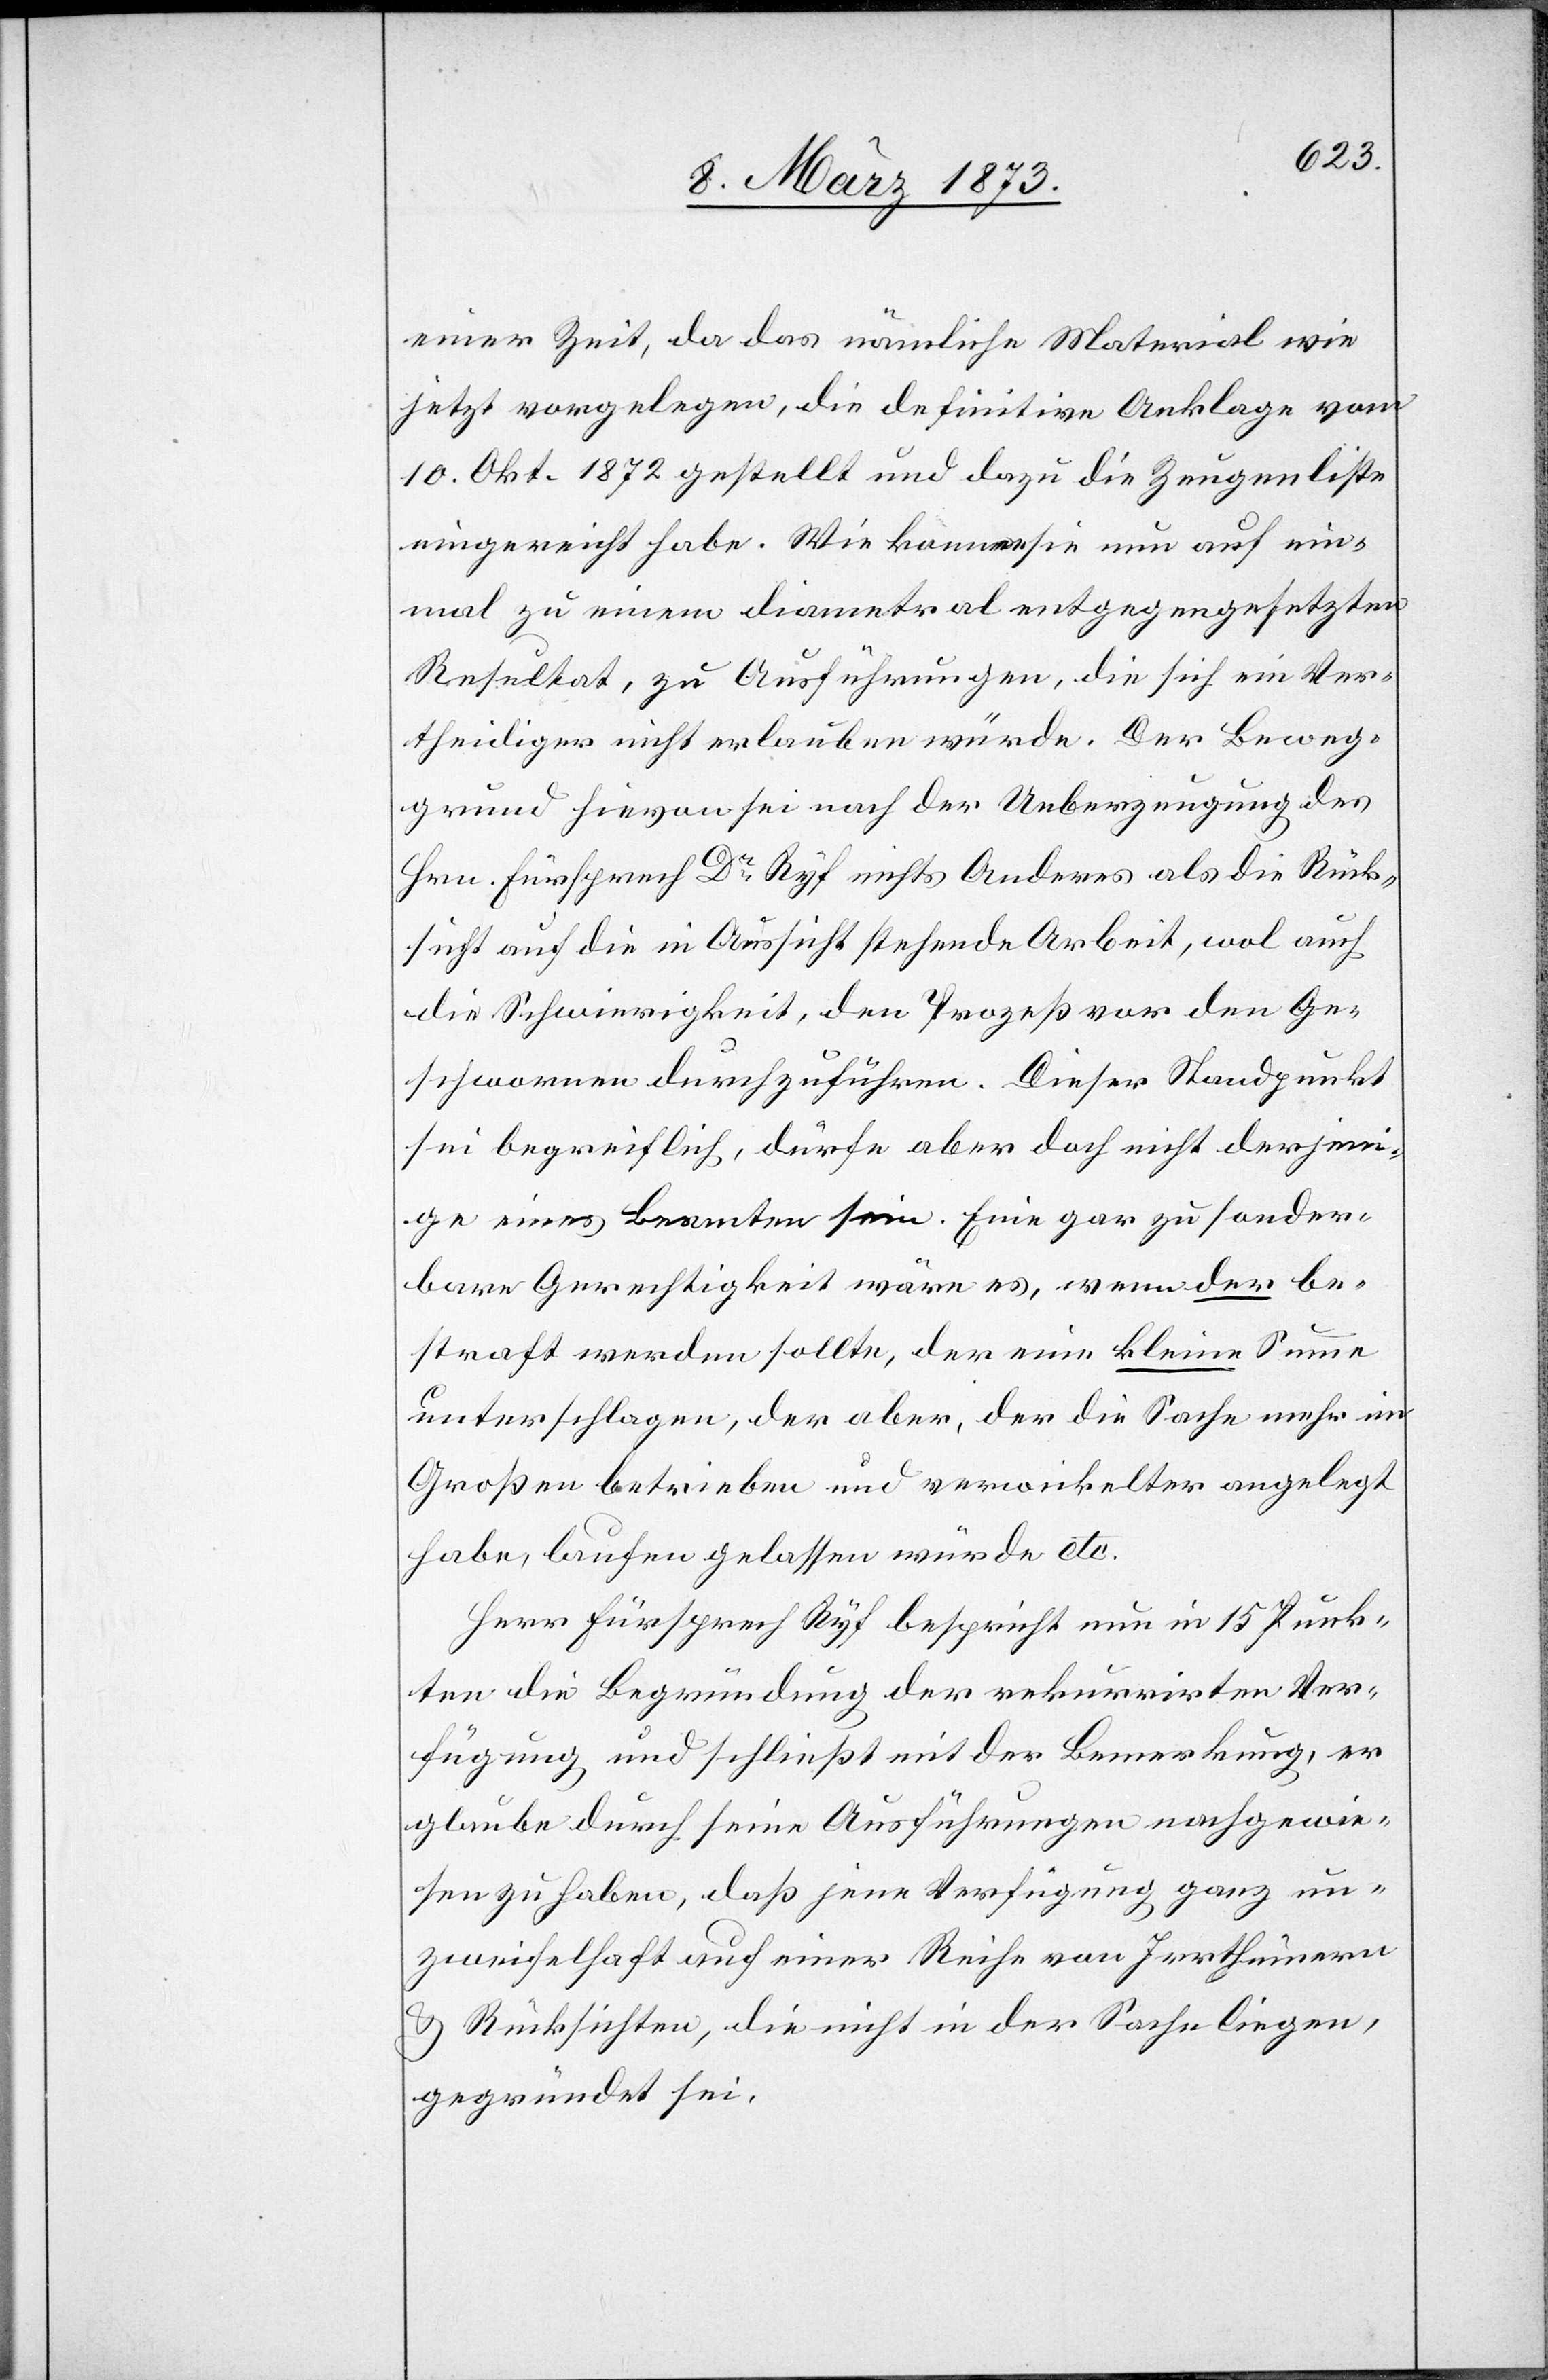
einer Zeit, da das nämliche Material wie
jetzt vorgelegen, die definitive Anklage vom
10. Okt. 1872 gestellt und dazu die Zeugenliste
eingereicht habe. Wie kommen sie nun auf ein¬
mal zu einem diametral entgegengesetzten
Resultat, zu Ausführungen, die sich ein Ver¬
theidiger nicht erlauben würde. Der Beweg¬
grund hievon sei nach der Ueberzeugung des
Hrn. Fürsprech Dr Ryf nichts Anderes als die Rück¬
sicht auf die in Aussicht stehende Arbeit, wol auch
die Schwierigkeit, den Prozeß vor den Ge¬
schworenen durchzuführen. Dieser Standpunkt
sei begreiflich, dürfe aber doch nicht derjeni¬
ge eines Beamten sein. Eine gar zu sonder¬
bare Gerechtigkeit wäre es, wenn der be¬
straft werden sollte, der eine kleine Summe
unterschlagen, der aber, der die Sache mehr im
Großen betrieben und verwickelter angelegt
habe, laufen gelassen würde etc.
Herr Fürsprech Ryf bespricht nun in 15 Punk¬
ten die Begründung der rekurrirten Ver¬
fügung und schließt mit der Bemerkung, er
glaube durch seine Ausführungen nachgewie¬
sen zu haben, daß jene Verfügung ganz un¬
zweifelhaft auf einer Reihe von Irrthümern
u. Rücksichten, die nicht in der Sache liegen,
gegründet sei.